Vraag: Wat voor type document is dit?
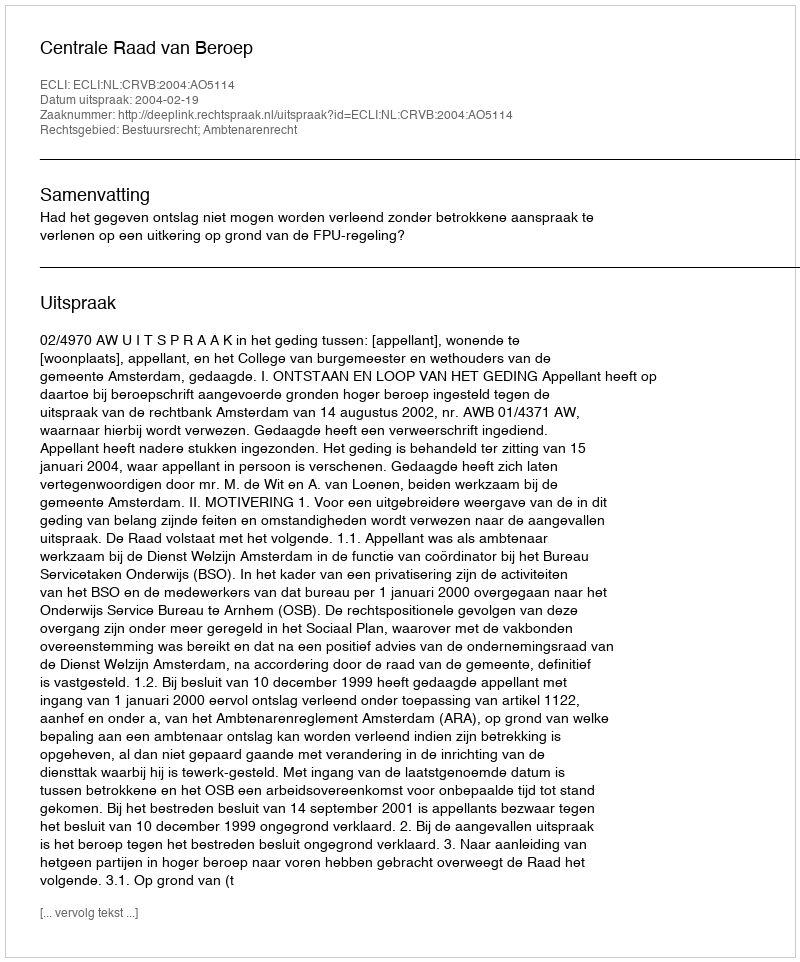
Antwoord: Uitspraak